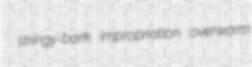
stringy-bark impropriation overwarm